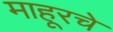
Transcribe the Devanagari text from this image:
माहूरचे